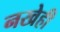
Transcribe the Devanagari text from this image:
नखेही